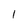
Character: 1